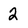
Character: 2